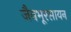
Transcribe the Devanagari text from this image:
जैवभूरसायन